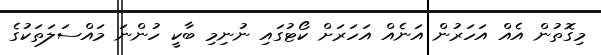
މިގޮތުން އެއް އަހަރުން އަނެއް އަހަރަށް ކޯޓުގައި ނުނިމި ބާކީ ހުންނަ މައްސަލަތަކުގެ